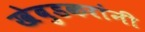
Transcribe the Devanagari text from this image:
खेबुडकरांनी